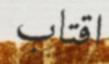
اقتاب